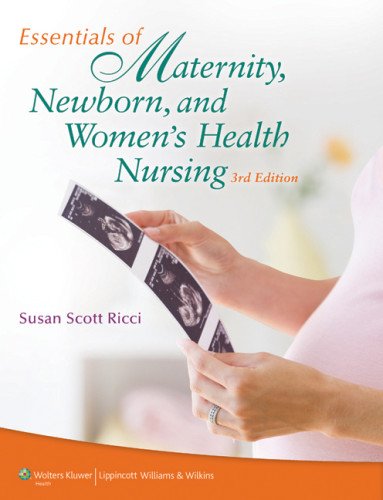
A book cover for Essentials of Maternity, Newborn, and Women's Health Nursing; Susan Scott Ricci ARNP  MSN  M.Ed.; Medical Books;